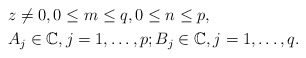
\begin{align*}&z\neq 0, 0 \leq m \leq q, 0 \leq n \leq p, \\&A_{j}\in\mathbb{C}, j = 1, \ldots, p; B_{j}\in\mathbb{C}, j = 1, \ldots, q.\end{align*}